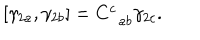
LaTeX: \left[ \gamma _ { 2 a } , \gamma _ { 2 b } \right] = C _ { \; \; a b } ^ { c } \gamma _ { 2 c } .